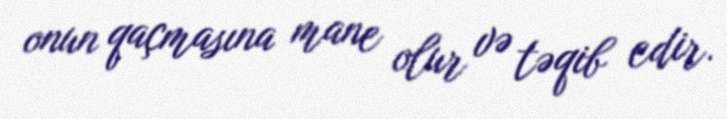
onun qaçmasına mane olur və təqib edir.